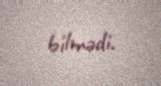
bilmədi.